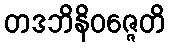
တဒဘိနိဝဇ္ဇေတိ